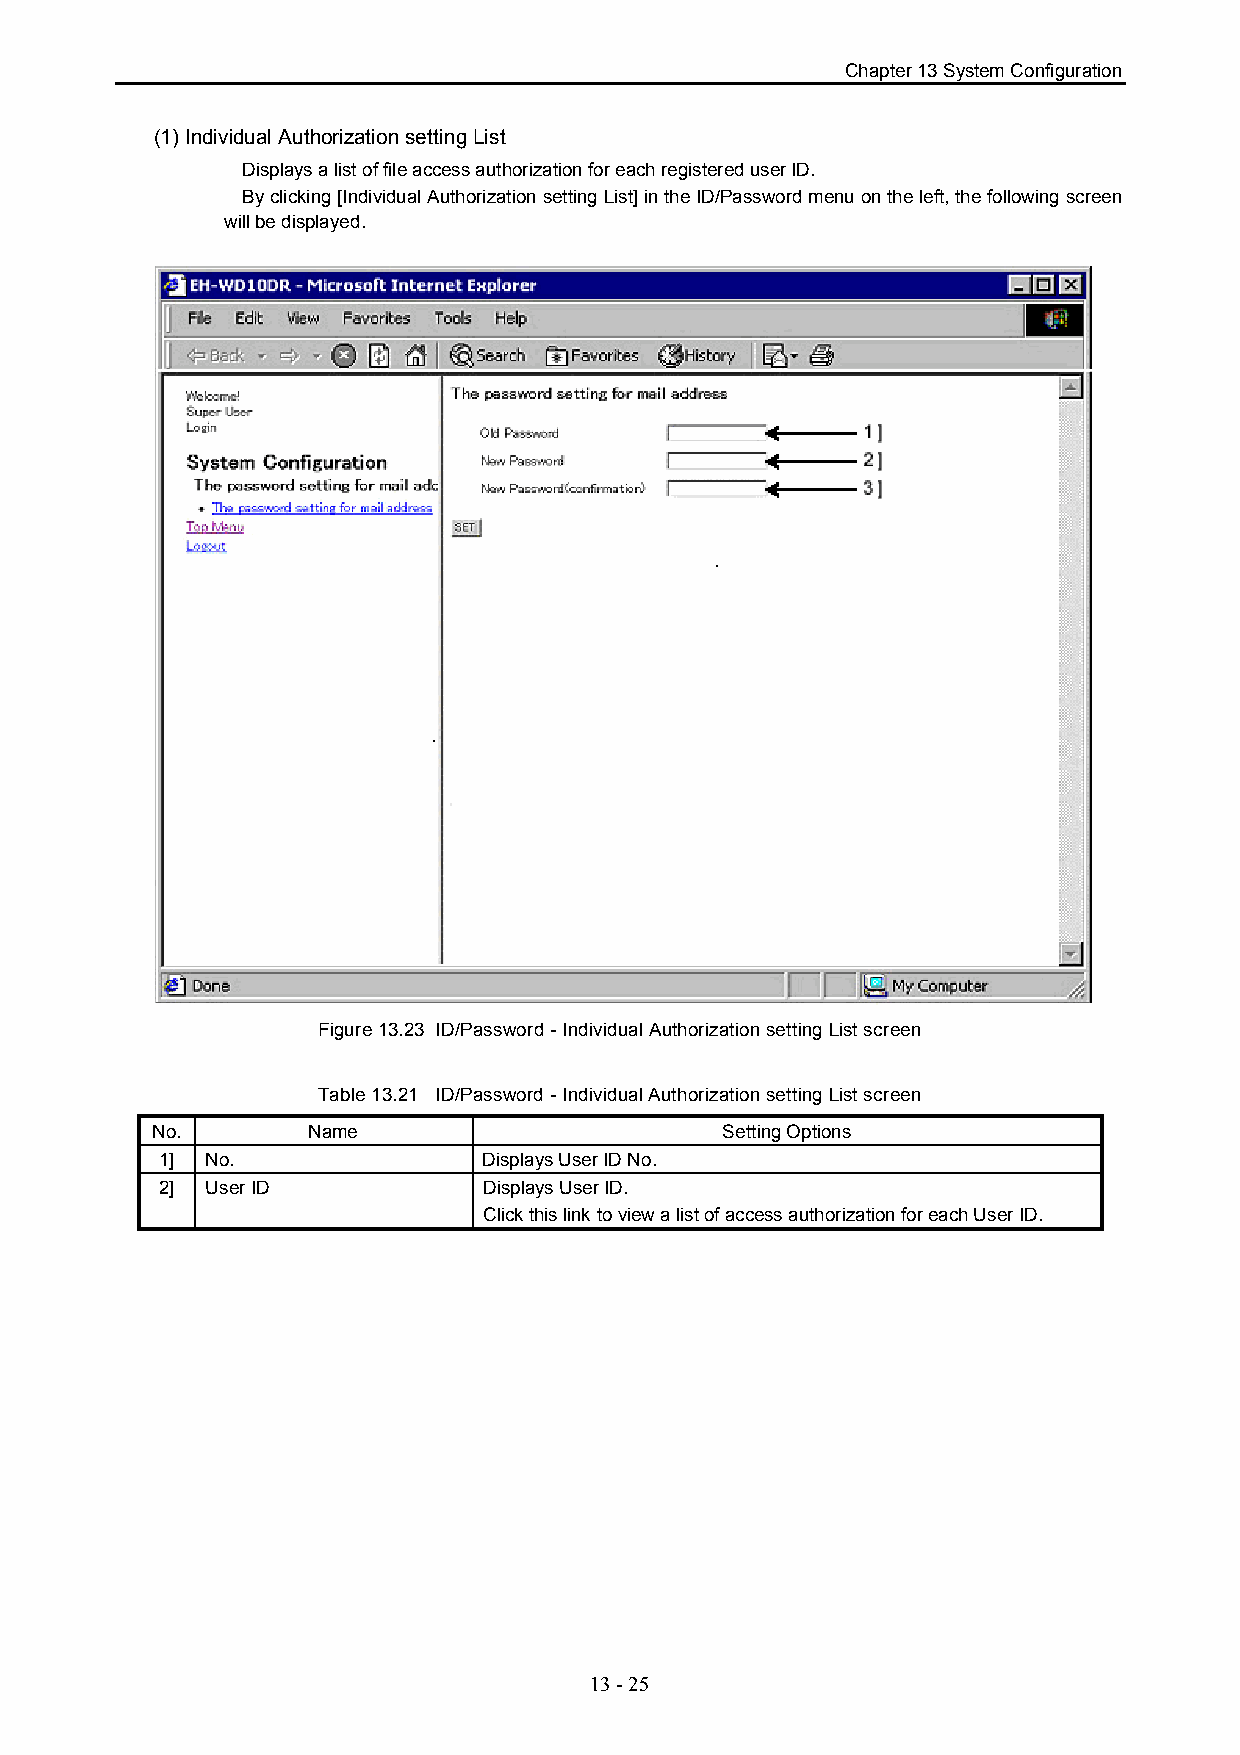
Chapter 13 System Configuration
 (1) Individual Authorization setting List
 Displays a list of file access authorization for each registered user ID.
 By clicking [Individual Authorization setting List] in the ID/Password menu on the left, the following screen
 will be displayed.
 Figure 13.23 ID/Password - Individual Authorization setting List screen
 Table 13.21 ID/Password - Individual Authorization setting List screen
 No.       Name                        Setting Options
 1] No.               Displays User ID No.
 2] User ID           Displays User ID.
 Click this link to view a list of access authorization for each User ID.
 13 - 25